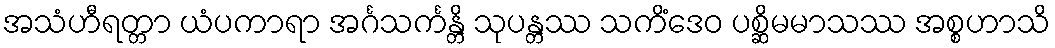
အသံဟီရတ္တာ ယံပကာရာ အင်္ဂသင်္ကန္တိ သုပန္တဿ သကိံဒေဝ ပစ္ဆိမမာသဿ အစ္စဟာသိ